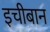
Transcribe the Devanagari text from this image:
इचीबान